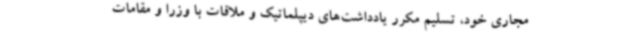
مجاری خود، تسلیم مکرر یادداشت‌های دیپلماتیک و ملاقات با وزرا و مقامات